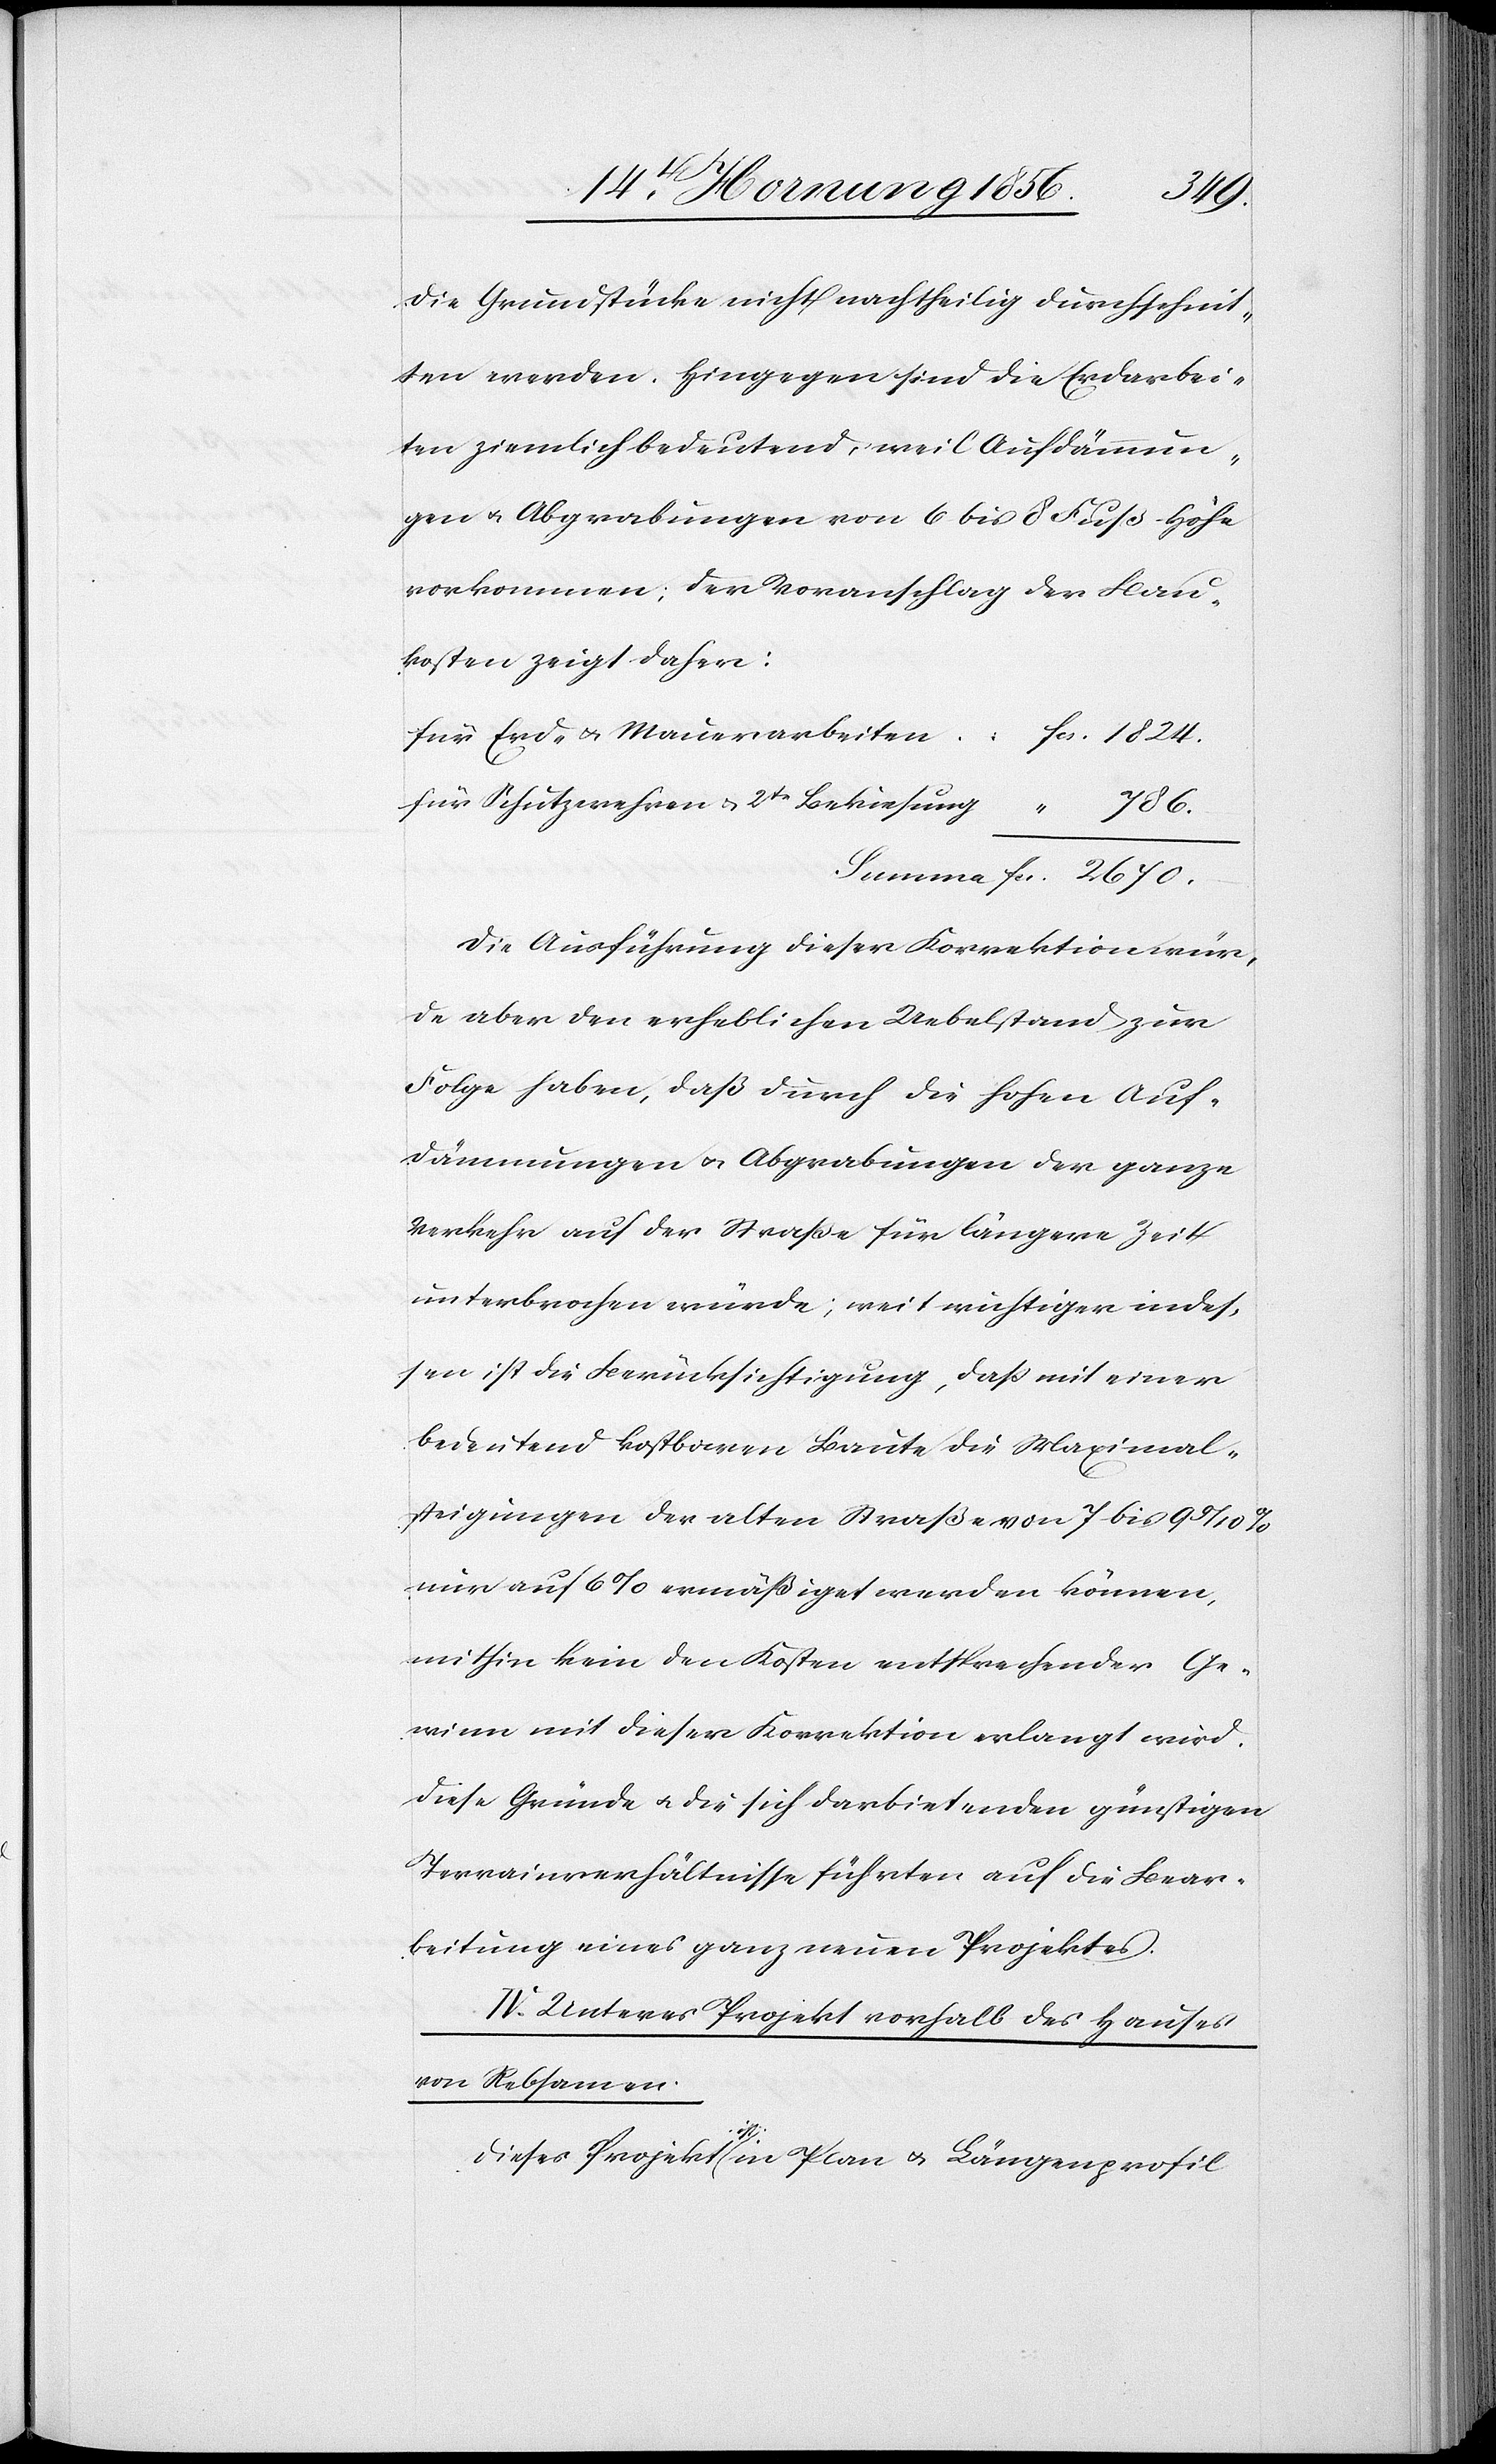
die Grundstücke nicht nachtheilig durchschnit¬
ten werden. Hingegen sind die Erdarbei¬
ten ziemlich bedeutend, weil Aufdämmun¬
gen u. Abgrabungen von 6 bis 8 Fuß Höhe
vorkommen; der Voranschlag der Bau¬
kosten zeigt daher:
für Erd- u. Mauerarbeiten			fcs. 1824.
für Schutzwehren u. 2te Bekiesung			 “	 786.
Summa fcs. 2670.
Die Ausführung dieser Korrektion wür¬
de aber den erheblichen Uebelstand zur
Folge haben, daß durch die hohen Auf¬
dämmungen u. Abgrabungen der ganze
Verkehr auf der Straße für längere Zeit
unterbrochen würde; weit wichtiger indes¬
sen ist die Berücksichtigung, daß mit einer
bedeutend kostbaren Baute die Maximal¬
steigungen der alten Straße von 7 bis 9
nur auf 6% ermäßiget werden können,
mithin kein den Kosten entsprechender Ge¬
winn mit dieser Korrektion erlangt wird.
Diese Gründe u. die sich darbietenden günstigen
Terrainverhältnisse führten auf die Bear¬
beitung eines ganz neuen Projektes.
IV. Unteres Projekt vorhalb des Hauses
von Rebsamen.
Dieses Projekt a-ist-a in Plan u. Längenprofil